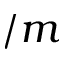
/ m